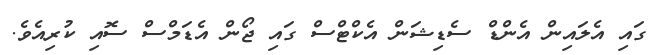
ގައި އެލައިން އެންޑް ސެޑިޝަން އެކްޓްސް ގައި ޖޯން އެޑަމްސް ސޮއި ކުރިއެވެ.